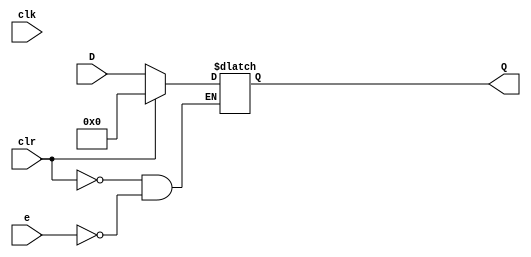
module Reg32(D, Q, clk, clr, e);
 input [31:0] D;
 input clk;
 input clr;
 input e; 
 output reg [31:0] Q; 
 
 always @(*)
	if (clr) begin
		Q <= 0; 
	end else if(e) begin 
		Q <= D;
	end
endmodule